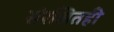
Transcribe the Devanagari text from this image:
संरक्षितही